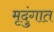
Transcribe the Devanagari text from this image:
मृदुंगात